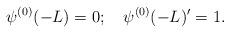
LaTeX: \begin{align*} \psi^{(0)}(-L) = 0; \quad \psi^{(0)}(-L)'=1.\end{align*}